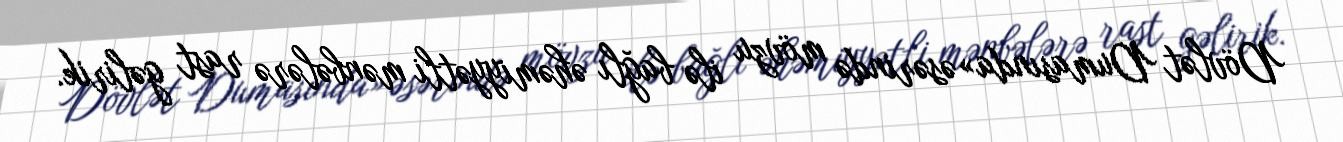
Dövlət Dumasında» əsərində mövzu ilə bağlı əhəmiyyətli mənbələrə rast gəlirik.